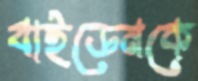
বাইডেনকে